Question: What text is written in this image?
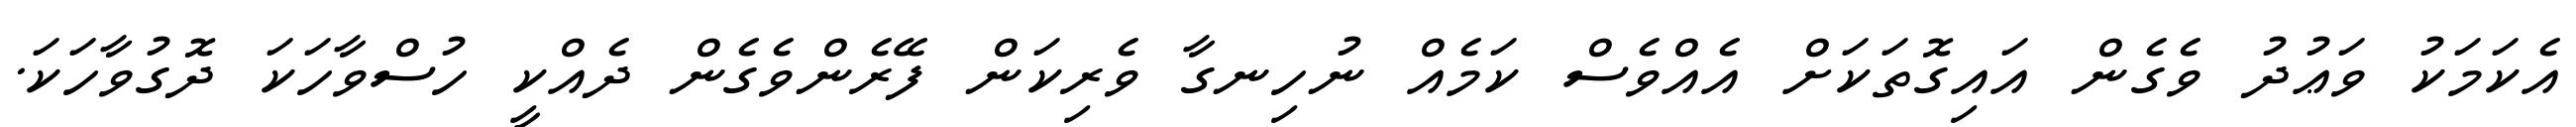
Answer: އެކަމަކު ވަޢުދު ވެގެން އައިގޮތަކަށް އެއްވެސް ކަމެއް ނުހިނގާ ވެރިކަން ފޭރެންވެގެން ދެއްކީ ހުސްވާހަކަ ދޮގުވާހަކަ.